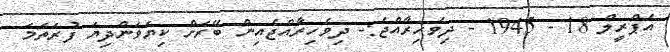
އެޕްރީލް 18 - 1945 - ދިވެހިރާއްޖެ:- ދިވެހިރާއްޖެއިން ބޭރަށް ކިޔަވަންދިޔަ ފުރަތަމަ